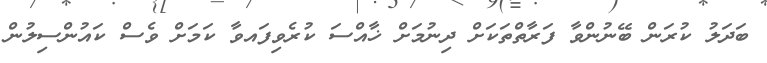
ބަދަލު ކުރަން ބޭނުންވާ ފަރާތްތަކަށް ދިނުމަށް ޚާއްސަ ކުރެވިފައވާ ކަމަށް ވެސް ކައުންސިލުން